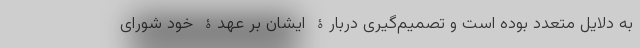
به دلایل متعدد بوده است و تصمیم‌گیری دربارۀ ایشان بر عهدۀ خود شورای